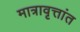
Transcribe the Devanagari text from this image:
मात्रावृत्तांत